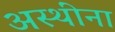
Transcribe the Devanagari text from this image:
अस्थींना